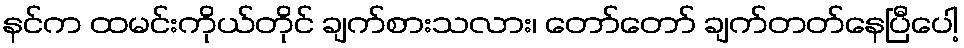
နင်က ထမင်းကိုယ်တိုင် ချက်စားသလား၊ တော်တော် ချက်တတ်နေပြီပေါ့